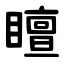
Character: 䁴